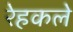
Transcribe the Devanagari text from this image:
रेहकले